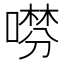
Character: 𠾞